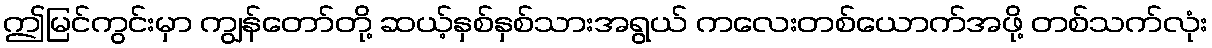
ဤမြင်ကွင်းမှာ ကျွန်တော်တို့ ဆယ့်နှစ်နှစ်သားအရွယ် ကလေးတစ်ယောက်အဖို့ တစ်သက်လုံး